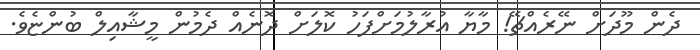
ދެން މޫދަށް ނޭރެއްޗޭ! މާޔާ އުރާލުމަށްފަހު ކޮލަށް ދޮނެއް ދެމުން މީޝާއިލް ބުންޏެވެ.